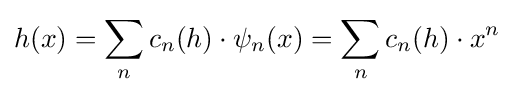
h(x)=\sum _{n}c_{n}(h)\cdot \psi _{n}(x)=\sum _{n}c_{n}(h)\cdot x^{n}